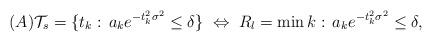
LaTeX: \begin{align*} (A) {\cal T}_s=\{t_k:\,a_k e^{-t_k^2 \sigma^2} \leq \delta \}\;\Leftrightarrow \; R_l=\min k : \, a_k e^{-t_k^2 \sigma^2} \leq \delta, \end{align*}